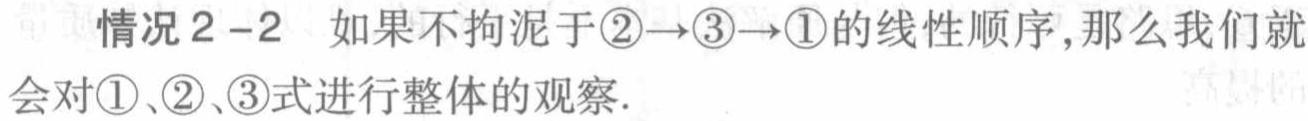
情况 2 - 2 如果不拘泥于\(\textcircled{2}\rightarrow\textcircled{3}\rightarrow\textcircled{1}\)的线性顺序，那么我们就会对\(\textcircled{1}\)、\(\textcircled{2}\)、\(\textcircled{3}\)式进行整体的观察.